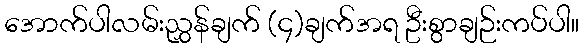
အောက်ပါလမ်းညွှန်ချက် (၄)ချက်အရ ဦးစွာချဉ်းကပ်ပါ။